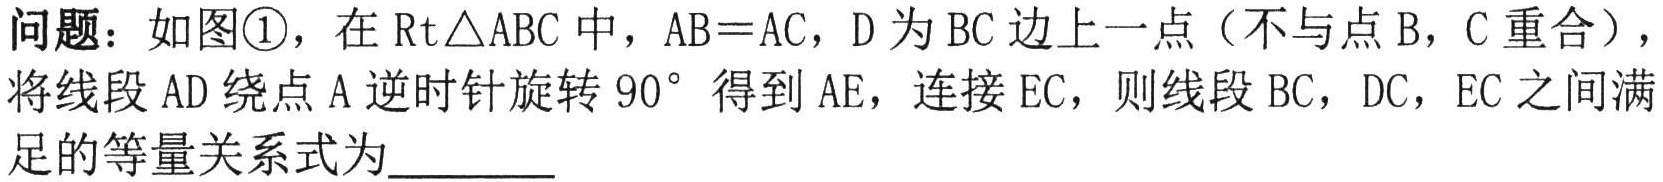
问题：如图\textcircled{1}，在$\text{Rt}\triangle ABC$中，$AB = AC$，$D$为$BC$边上一点（不与点$B$，$C$重合），将线段$AD$绕点$A$逆时针旋转$90^{\circ}$得到$AE$，连接$EC$，则线段$BC$，$DC$，$EC$之间满足的等量关系式为